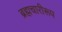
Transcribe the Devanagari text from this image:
ब्रह्मचारीरूप